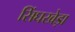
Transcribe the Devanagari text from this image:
सिंघखेड़ा